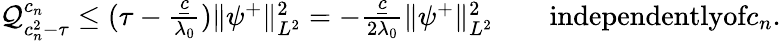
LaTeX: \begin{array}{r}{\mathcal{Q}_{c_{n}^{2}-\tau}^{c_{n}}\leq(\tau-\frac{\underline{{c}}}{\lambda_{0}})\| \psi^{+}\| _{L^{2}}^{2}=-\frac{\underline{{c}}}{2\lambda_{0}}\| \psi^{+}\| _{L^{2}}^{2}\qquad\textrm{independentlyof}c_{n}.}\end{array}